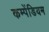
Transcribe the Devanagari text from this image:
कम्पेंडियम